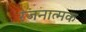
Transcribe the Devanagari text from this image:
रंजनात्मक